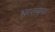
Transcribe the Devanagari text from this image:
भरतबुवा